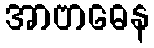
အာဗာဓေန